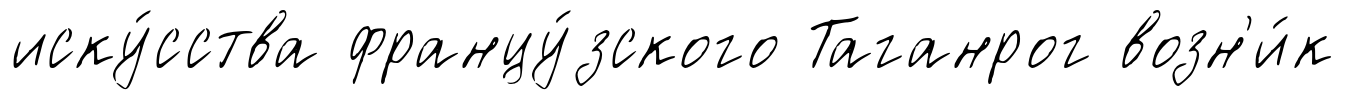
иску́сства францу́зского Таганрог возн'и́к